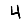
Digit: 4